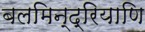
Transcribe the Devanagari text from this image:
बलमिन्द्रियाणि